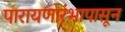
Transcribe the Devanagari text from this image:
पारायणारंभापासून